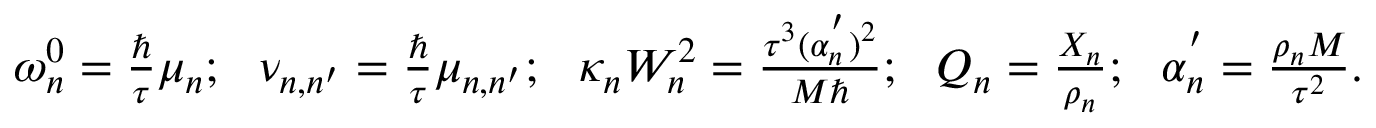
\begin{array} { r } { \omega _ { n } ^ { 0 } = \frac { \hbar } { \tau } \mu _ { n } ; ~ ~ \nu _ { n , n ^ { \prime } } = \frac { \hbar } { \tau } \mu _ { n , n ^ { \prime } } ; ~ ~ \kappa _ { n } W _ { n } ^ { 2 } = \frac { \tau ^ { 3 } ( \alpha _ { n } ^ { ' } ) ^ { 2 } } { M \hbar } ; ~ ~ Q _ { n } = \frac { X _ { n } } { \rho _ { n } } ; ~ ~ \alpha _ { n } ^ { ' } = \frac { \rho _ { n } M } { \tau ^ { 2 } } . } \end{array}